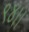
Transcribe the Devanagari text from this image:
९४।।